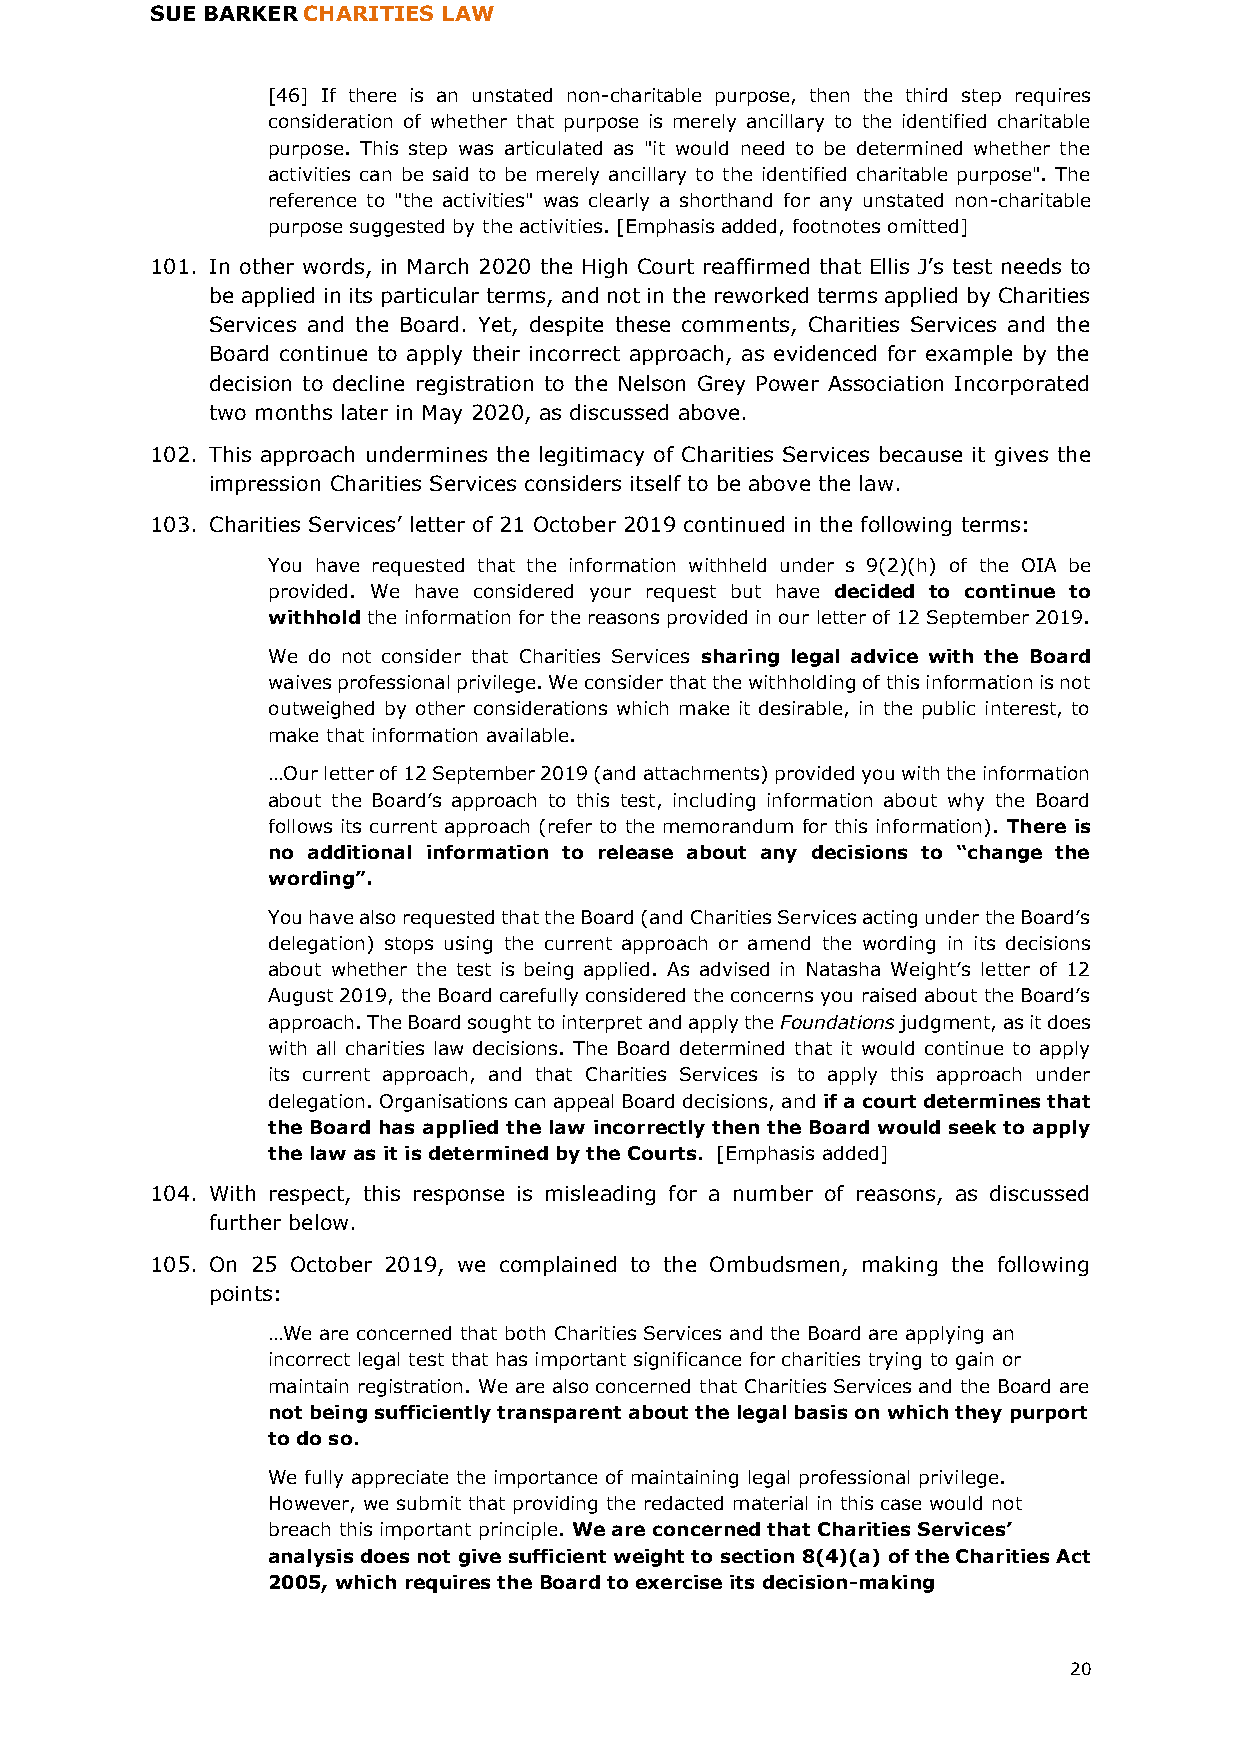
SUE BARKER CHARITIES LAW
 [46] If there is an unstated non-charitable purpose, then the third step requires
 consideration of whether that purpose is merely ancillary to the identified charitable
 purpose. This step was articulated as "it would need to be determined whether the
 activities can be said to be merely ancillary to the identified charitable purpose". The
 reference to "the activities" was clearly a shorthand for any unstated non-charitable
 purpose suggested by the activities. [Emphasis added, footnotes omitted]
 101. In other words, in March 2020 the High Court reaffirmed that Ellis J’s test needs to
 be applied in its particular terms, and not in the reworked terms applied by Charities
 Services and the Board. Yet, despite these comments, Charities Services and the
 Board continue to apply their incorrect approach, as evidenced for example by the
 decision to decline registration to the Nelson Grey Power Association Incorporated
 two months later in May 2020, as discussed above.
 102. This approach undermines the legitimacy of Charities Services because it gives the
 impression Charities Services considers itself to be above the law.
 103. Charities Services’ letter of 21 October 2019 continued in the following terms:
 You have requested that the information withheld under s 9(2)(h) of the OIA be
 provided. We have considered your request but have decided to continue to
 withhold the information for the reasons provided in our letter of 12 September 2019.
 We do not consider that Charities Services sharing legal advice with the Board
 waives professional privilege. We consider that the withholding of this information is not
 outweighed by other considerations which make it desirable, in the public interest, to
 make that information available.
 …Our letter of 12 September 2019 (and attachments) provided you with the information
 about the Board’s approach to this test, including information about why the Board
 follows its current approach (refer to the memorandum for this information). There is
 no additional information to release about any decisions to “change the
 wording”.
 You have also requested that the Board (and Charities Services acting under the Board’s
 delegation) stops using the current approach or amend the wording in its decisions
 about whether the test is being applied. As advised in Natasha Weight’s letter of 12
 August 2019, the Board carefully considered the concerns you raised about the Board’s
 approach. The Board sought to interpret and apply the Foundations judgment, as it does
 with all charities law decisions. The Board determined that it would continue to apply
 its current approach, and that Charities Services is to apply this approach under
 delegation. Organisations can appeal Board decisions, and if a court determines that
 the Board has applied the law incorrectly then the Board would seek to apply
 the law as it is determined by the Courts. [Emphasis added]
 104. With respect, this response is misleading for a number of reasons, as discussed
 further below.
 105. On 25 October 2019, we complained to the Ombudsmen, making the following
 points:
 …We are concerned that both Charities Services and the Board are applying an
 incorrect legal test that has important significance for charities trying to gain or
 maintain registration. We are also concerned that Charities Services and the Board are
 not being sufficiently transparent about the legal basis on which they purport
 to do so.
 We fully appreciate the importance of maintaining legal professional privilege.
 However, we submit that providing the redacted material in this case would not
 breach this important principle. We are concerned that Charities Services’
 analysis does not give sufficient weight to section 8(4)(a) of the Charities Act
 2005, which requires the Board to exercise its decision-making
 20